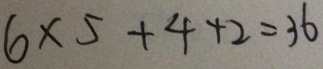
6 \times 5 + 4 + 2 = 3 6